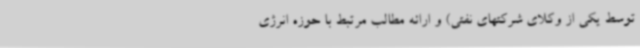
توسط یکی از وکلای شرکتهای نفتی) و ارائه مطالب مرتبط با حوزه انرژی